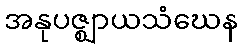
အနုပဇ္ဈာယသံဃေန